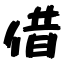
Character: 借